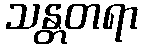
သန္တတရာ